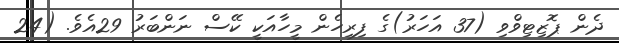
ދެން ޕޮޒިޓިވްވި (37 އަހަރު)ގެ ފިރިހެން މީހާއަކީ ކޭސް ނަންބަރު 29އެވެ. (24